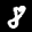
Label: 8